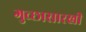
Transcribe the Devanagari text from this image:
गुच्छासारखी